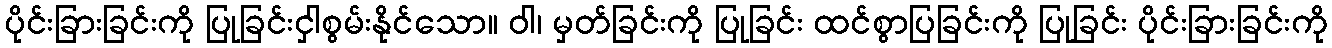
ပိုင်းခြားခြင်းကို ပြုခြင်းငှါစွမ်းနိုင်သော။ ဝါ၊ မှတ်ခြင်းကို ပြုခြင်း ထင်စွာပြခြင်းကို ပြုခြင်း ပိုင်းခြားခြင်းကို